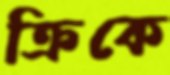
ক্রিকে